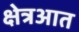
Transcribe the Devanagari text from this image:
क्षेत्रआत